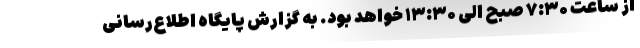
از ساعت ۷:۳۰ صبح الی ۱۳:۳۰ خواهد بود. به گزارش پایگاه اطلاع‌رسانی